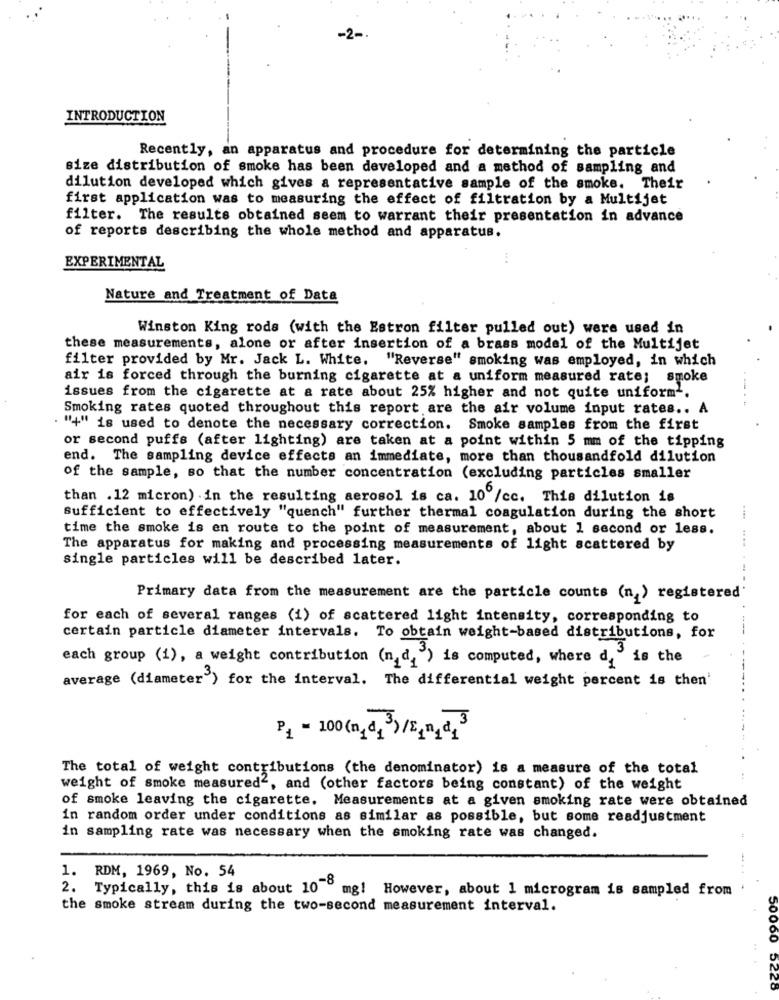
-2 -.
INTRODUCTION
Recently, an apparatus and procedure for determining the particle
size distribution of smoke has been developed and a method of sampling and
dilution developed which gives a representative sample of the smoke. Their
first application was to measuring the effect of filtration by a Multijet
filter. The results obtained seem to warrant their presentation in advance
of reports describing the whole method and apparatus.
EXPERIMENTAL
Nature and Treatment of Data
Winston King rods (with the Estron filter pulled out) were used in
these measurements, alone or after insertion of a brass model of the Multijet
filter provided by Mr. Jack L. White. "Reverse" smoking was employed, in which
air is forced through the burning cigarette at a uniform measured rate; smoke
issues from the cigarette at a rate about 25% higher and not quite uniform -.
Smoking rates quoted throughout this report are the air volume input rates .. A
"+" is used to denote the necessary correction. Smoke samples from the first
or second puffs (after lighting) are taken at a point within 5 mm of the tipping
end. The sampling device effects an immediate, more than thousandfold dilution
of the sample, so that the number concentration (excluding particles smaller
than .12 micron) in the resulting aerosol is ca. 10 /cc. This dilution is
sufficient to effectively "quench" further thermal coagulation during the short
time the smoke is en route to the point of measurement, about 1 second or less.
The apparatus for making and processing measurements of light scattered by
single particles will be described later.
Primary data from the measurement are the particle counts (n ) registered
for each of several ranges (1) of scattered light intensity, corresponding to
certain particle diameter intervals. To obtain weight-based distributions, for
each group (1), a weight contribution (n. d. ) is computed, where d, " is the
average (diameter") for the interval. The differential weight percent is then'
P1 - 100(mgd, 3)/£1nad23
The total of weight contributions (the denominator) is a measure of the total
weight of smoke measured2, and (other factors being constant) of the weight
of smoke leaving the cigarette. Measurements at a given smoking rate were obtained
in random order under conditions as similar as possible, but some readjustment
in sampling rate was necessary when the smoking rate was changed.
1. RDM, 1969, No. 54
2. Typically, this is about 10 º mg! However, about 1 microgram is sampled from
the smoke stream during the two-second measurement interval.
50060
52CO